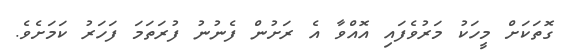
ގޮތަކަށް މީހަކު މަރުވެފައި އޮއްވާ އެ ރަށުން ފެނުނު ފުރަތަމަ ފަހަރު ކަމަށެވެ.